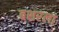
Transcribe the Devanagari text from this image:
बशरला